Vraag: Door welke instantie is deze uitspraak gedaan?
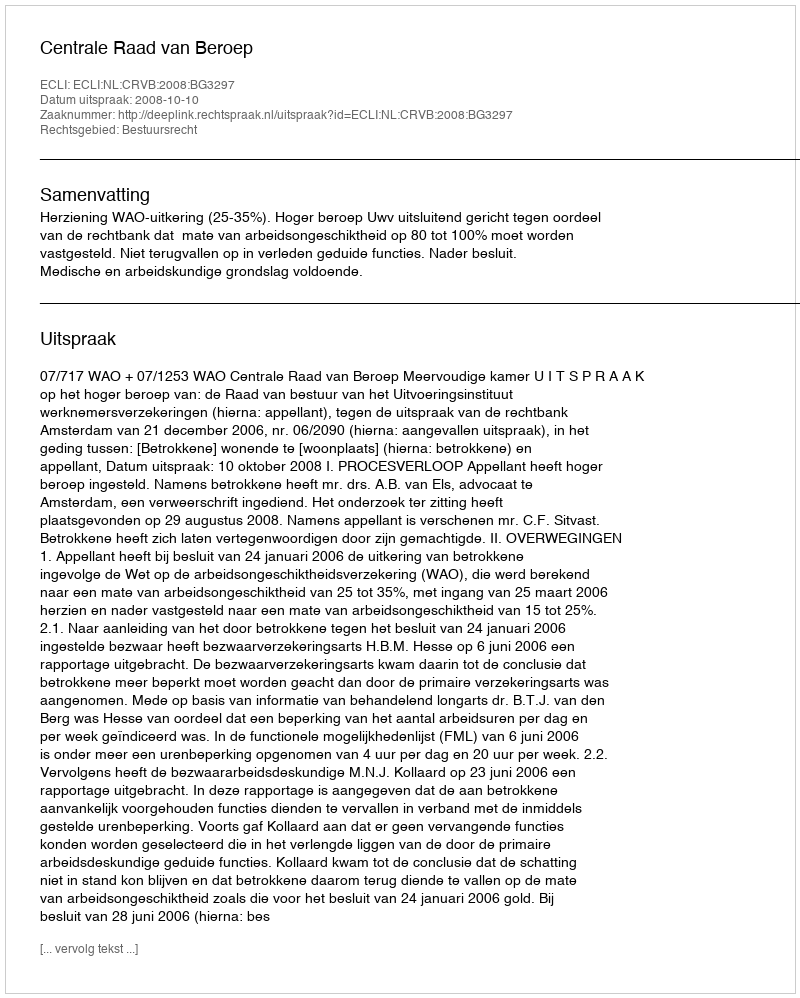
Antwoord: Centrale Raad van Beroep